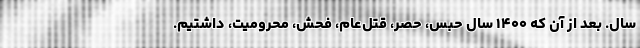
سال. بعد از آن که ۱۴۰۰ سال حبس، حصر، قتل‌عام، فحش، محرومیت، داشتیم.